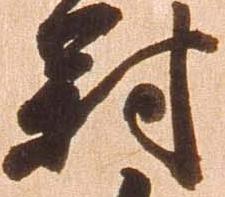
対